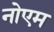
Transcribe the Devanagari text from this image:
नोएम